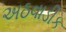
અઠવાડીક